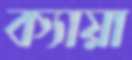
ক্যায়া